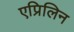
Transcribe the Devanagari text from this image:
एप्रिलिन